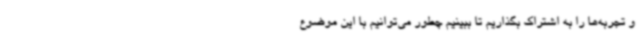
و تجربه‌ها را به اشتراک بگذاریم تا ببینیم چطور می‌توانیم با این موضوع